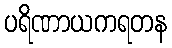
ပရိဏာယကရတန